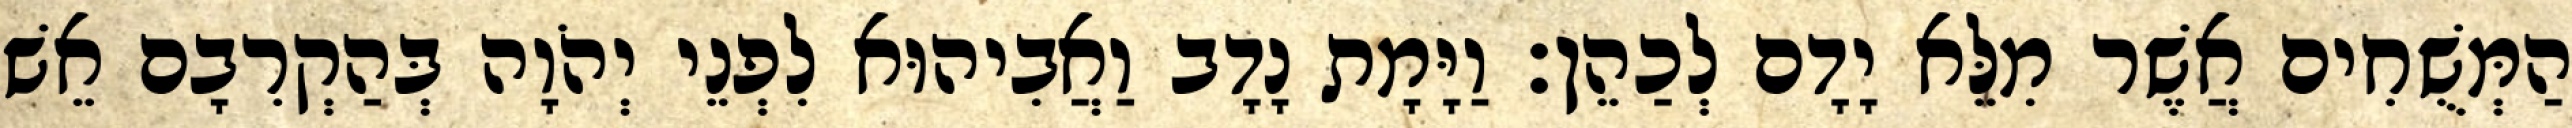
הַמְּשֻׁחִים אֲשֶׁר מִלֵּא יָדָם לְכַהֵן׃ וַיָּמָת נָדָב וַאֲבִיהוּא לִפְנֵי יְהֹוָה בְּהַקְרִבָם אֵשׁ